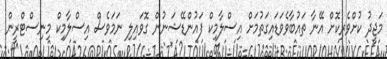
މަޖީދު ކުށްވެރިކޮށް އޭނާ ތައުބާވެވަޑައިގަތުމަށް އިސްލާމިކް ފައުންޑޭޝަނުން ގޮވައިލި ނަމަވެސް އިސްލާމިކް މިނިސްޓްރީން